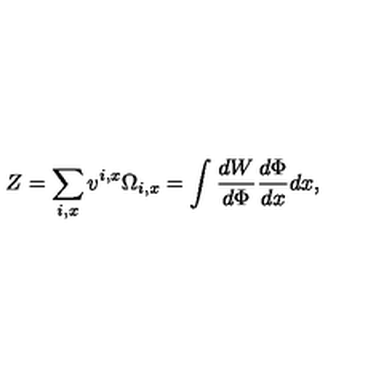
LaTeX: Z = \sum _ { i , x } v ^ { i , x } \Omega _ { i , x } = \int \frac { d W } { d \Phi } \frac { d \Phi } { d x } d x ,